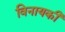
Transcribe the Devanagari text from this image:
विनायकी